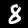
Digit: 8